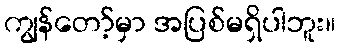
ကျွန်တော့်မှာ အပြစ်မရှိပါဘူး။